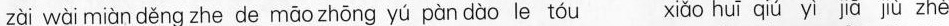
zài wài miàn děng zhe de māo zhōng yú pàn dào le tóu xiǎo huī qiú yì jiā jiù zhè